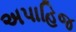
અપાહિજ